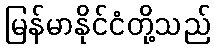
မြန်မာနိုင်ငံတို့သည်